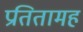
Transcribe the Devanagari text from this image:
प्रतितामह